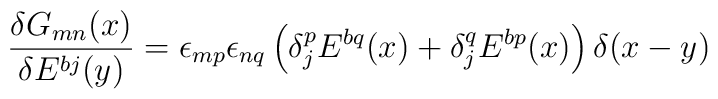
\frac{\delta G_{mn}(x)}{\delta E^{bj}(y)}  = \epsilon_{mp}  \epsilon_{nq}  \left(    \delta^p_j E^{bq}(x) + \delta^q_j E^{bp}(x)  \right) \delta (x - y)